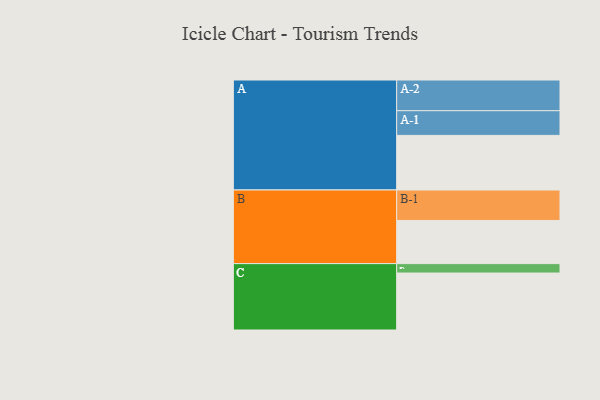
{"axis": {"x": "Segment", "y": "Value"}, "legend": ["", "A", "B", "C"], "data": [{"x": "A", "y": 482, "type": ""}, {"x": "B", "y": 381, "type": ""}, {"x": "C", "y": 503, "type": ""}, {"x": "A-1", "y": 218, "type": "A"}, {"x": "A-2", "y": 271, "type": "A"}, {"x": "B-1", "y": 269, "type": "B"}, {"x": "C-1", "y": 83, "type": "C"}]}